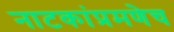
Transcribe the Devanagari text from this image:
नाटकांप्रमणेच